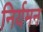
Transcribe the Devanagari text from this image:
निर्यमन